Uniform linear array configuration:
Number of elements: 8
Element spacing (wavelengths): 0.25
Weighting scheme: cosine
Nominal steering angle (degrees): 15
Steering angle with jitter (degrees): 13.935
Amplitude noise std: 0.05
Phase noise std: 0.05

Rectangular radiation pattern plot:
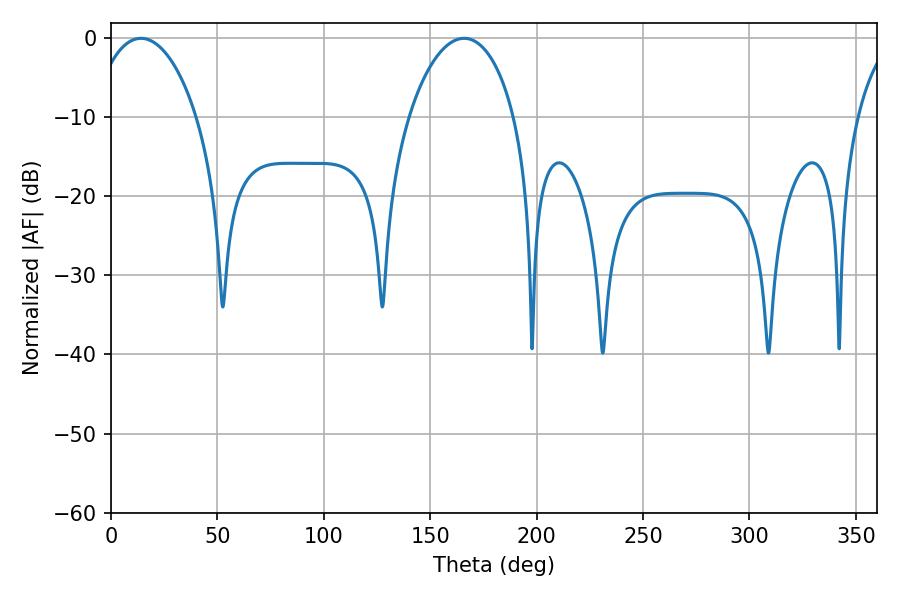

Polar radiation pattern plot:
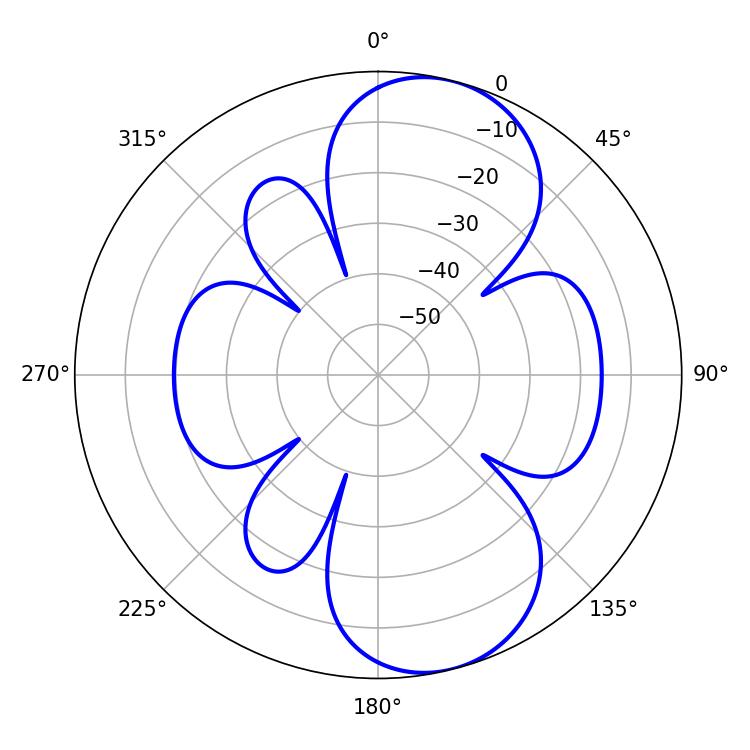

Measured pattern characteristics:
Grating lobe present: FALSE
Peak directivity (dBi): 8.767
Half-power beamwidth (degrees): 28.26
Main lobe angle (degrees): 14.04